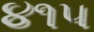
૪૧૫